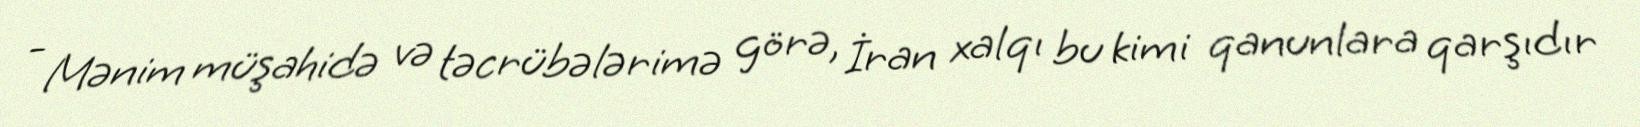
- Mənim müşahidə və təcrübələrimə görə, İran xalqı bu kimi qanunlara qarşıdır